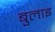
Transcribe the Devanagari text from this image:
बुलाइ